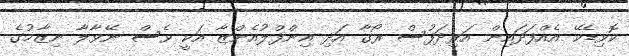
ކޮވިޑެކޭ އެއްފަދައިން އަރިދަފުސް ރޯގާ އަދި އިންފްލުއެންޒާ އަކީ ވެސް ނޭވާލާ ނިޒާމުގެ